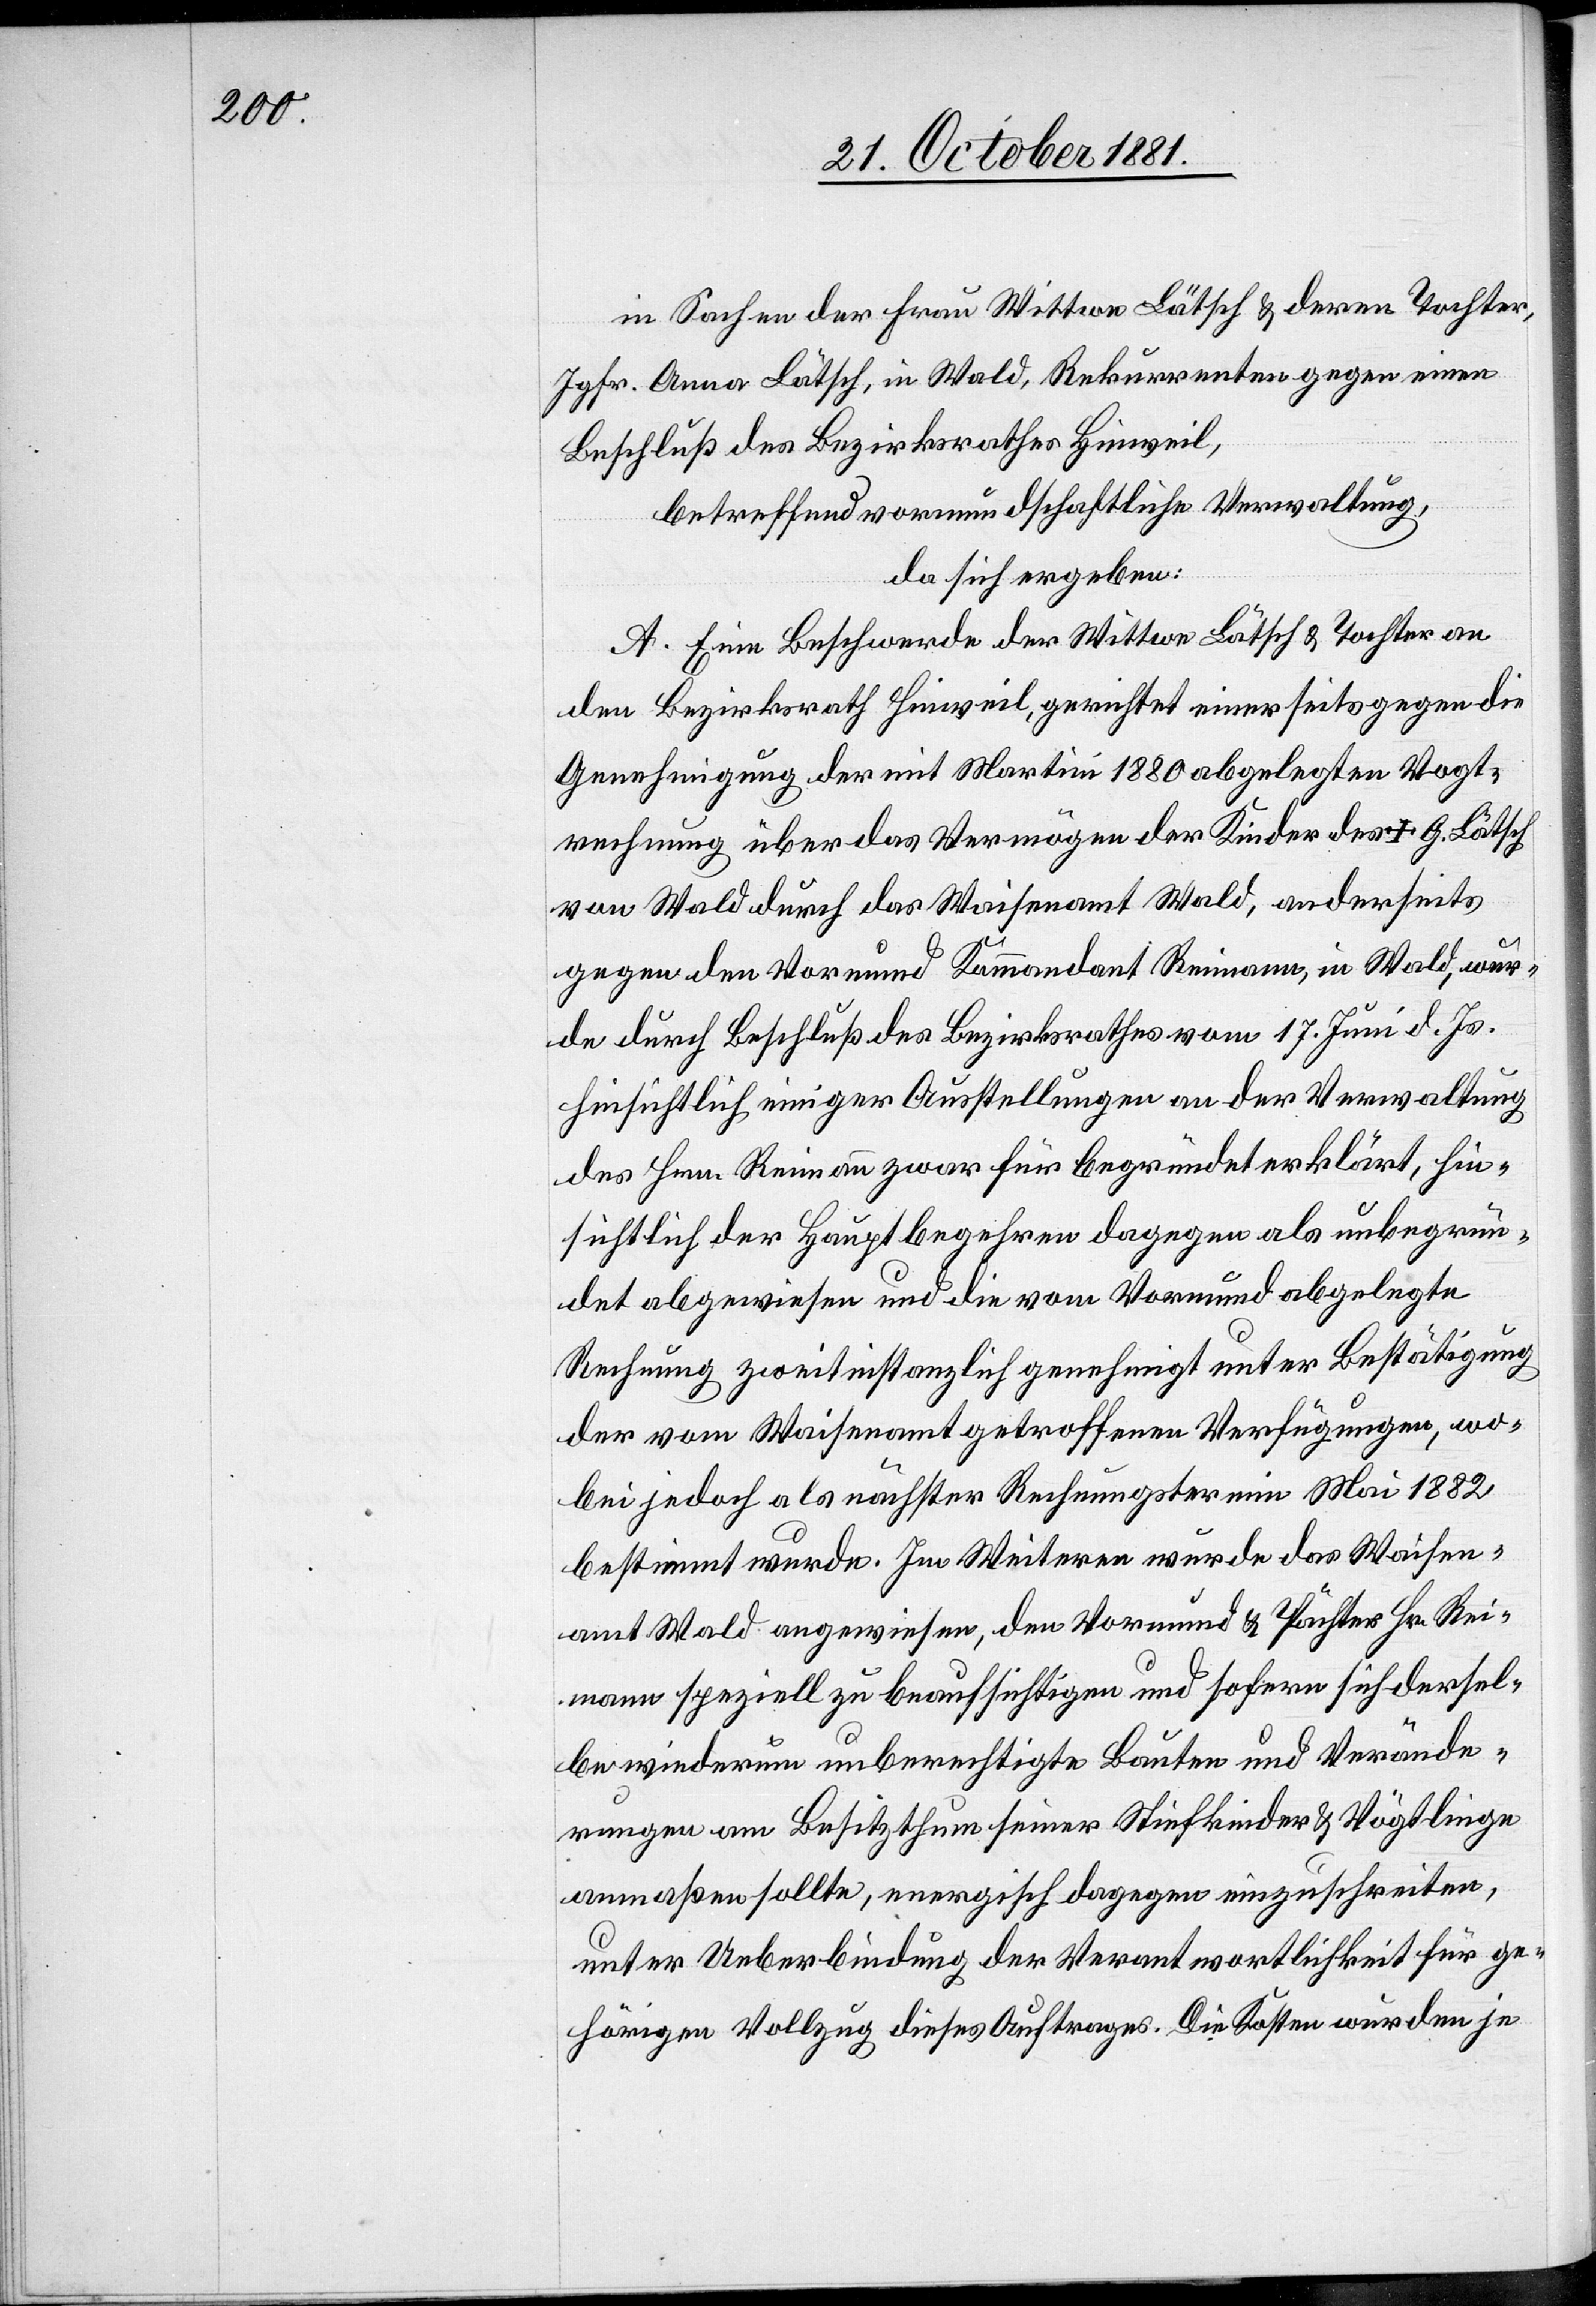
in Sachen der Frau Wittwe Lätsch [sic!] & deren Tochter,
Jgfr. Anna Lätsch, in Wald, Rekurrenten gegen einen
Beschluß des Bezirksrathes Hinweil,
betreffend vormundschaftliche Verwaltung,
da sich ergeben:
A. Eine Beschwerde der Wittwe Lätsch & Tochter an
den Bezirksrath Hinweil, gerichtet einerseits gegen die
Genehmigung der mit Martini 1880 abgelegten Vogt¬
rechnung über das Vermögen der Kinder des † G. Lätsch
von Wald durch das Waisenamt Wald, anderseits
gegen den Vormund Kommandant Reimann, in Wald, wur¬
de durch Beschluß des Bezirksrathes vom 17. Juni d. Js.
hinsichtlich einiger Ausstellungen an der Verwaltung
des Hrn. Reimann zwar für begründet erklärt, hin¬
sichtlich der Hauptbegehren dagegen als unbegrün¬
det abgewiesen und die vom Vormund abgelegte
Rechnung zweitinstanzlich genehmigt unter Bestätigung
der vom Waisenamt getroffenen Verfügungen, wo¬
bei jedoch als nächster Rechnungstermin Mai 1882
bestimmt wurde. Im Weiteren wurde das Waisen¬
amt Wald angewiesen, den Vormund & Pächter Hr. Rei¬
mann speziell zu beaufsichtigen und sofern sich dersel¬
be wiederum unberechtigte Bauten und Verände¬
rungen am Besitzthum seiner Stiefkinder & Vögtlinge
anmaßen sollte, energisch dagegen einzuschreiten,
unter Ueberbindung der Verantwortlichkeit für ge¬
hörigen Vollzug dieses Auftrages. Die Kosten wurden je